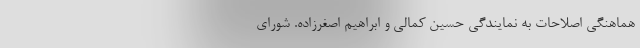
هماهنگی اصلاحات به نمایندگی حسین کمالی و ابراهیم اصغر‌زاده. شورای